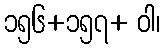
၁၅၆+၁၅၇+ ဝါ၊